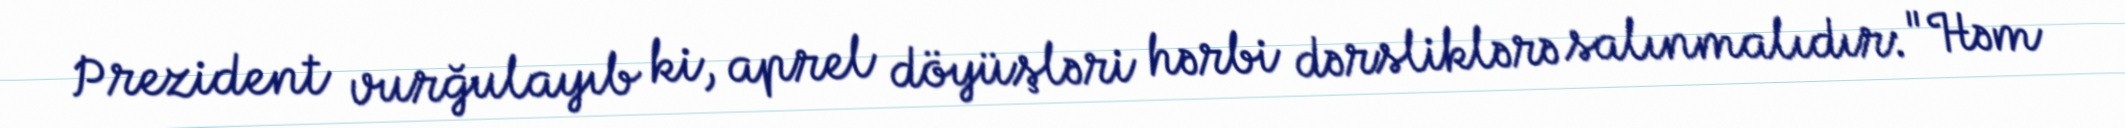
Prezident vurğulayıb ki, aprel döyüşləri hərbi dərsliklərə salınmalıdır: "Həm